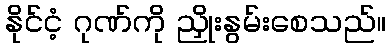
နိုင်ငံ့ ဂုဏ်ကို ညှိုးနွမ်းစေသည်။